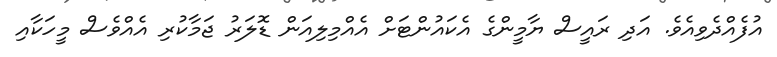
އުފެއްދެވިއެވެ. އަދި ރައީސް ޔާމީންގެ އެކައުންޓަށް އެއްމިލިއަން ޑޮލަރު ޖަމާކުރި އެއްވެސް މީހަކާއި